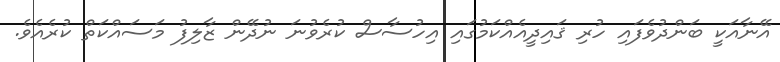
އޭނާއަކީ ބަންދުވެފައި ހުރި ޤައިދީއެއްކަމުގައި އިހުސާސް ކުރެވުނަ ނުދޭން ޒާލިފު މަސައްކަތް ކުރެއެވެ.